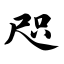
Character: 咫